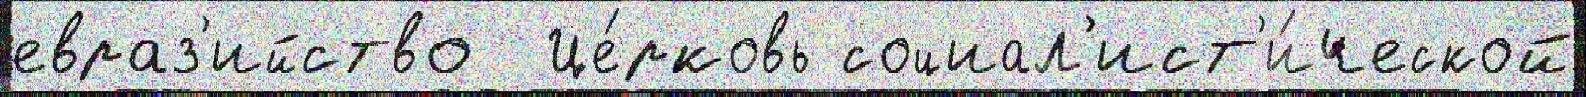
евраз'ийство  Це́рковь социал'ист'и́ческой